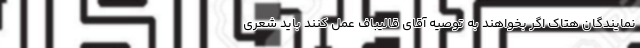
نمایندگان هتاک اگر بخواهند به توصیه آقای قالیباف عمل کنند باید شعری